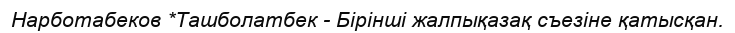
Нарботабеков *Ташболатбек - Бірінші жалпықазақ съезіне қатысқан.